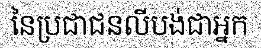
នៃប្រជាជនលីបង់ជាអ្នក